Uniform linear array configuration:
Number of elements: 16
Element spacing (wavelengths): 1
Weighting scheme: blackman
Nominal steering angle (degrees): -30
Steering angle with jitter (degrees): -28.738
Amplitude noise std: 0.05
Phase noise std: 0.05

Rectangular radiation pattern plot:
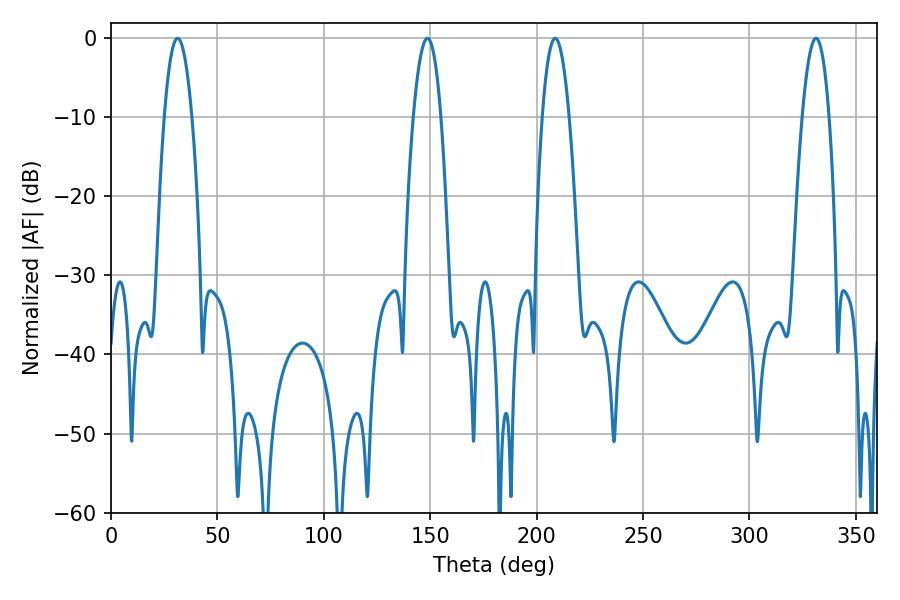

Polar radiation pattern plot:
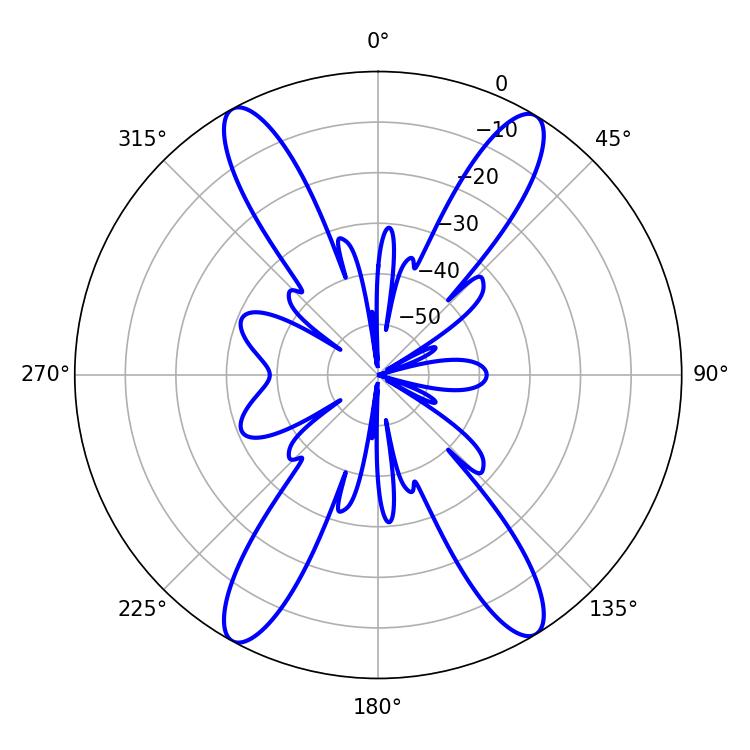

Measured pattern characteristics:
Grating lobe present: TRUE
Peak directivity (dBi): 21.755
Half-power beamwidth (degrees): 7.2
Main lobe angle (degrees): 148.68